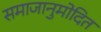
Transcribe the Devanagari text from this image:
समाजानुमोदित